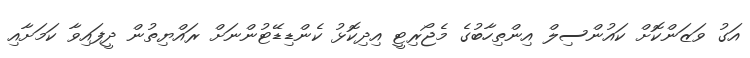
އަގު ވަޒަންކޮށް ކައުންސިލް އިންތިހާބުގެ މެޖޯރިޓީ އިދިކޮޅު ކެންޑިޑޭޓުންނަށް ރައްޔިތުން ދީފައިވާ ކަމަށާއި